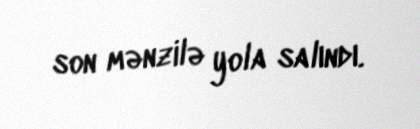
son mənzilə yola salındı.